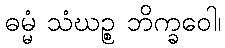
ဓမ္မံ သံဃဉ္စ ဘိက္ခဝေါ၊